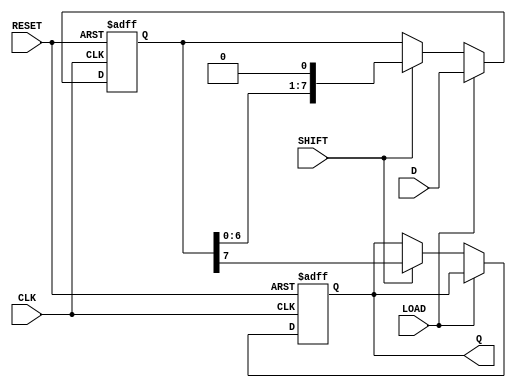
module dynamic_piso_register #(
    parameter WIDTH = 8  // Parameter to set the width of the register
)(
    input  wire [WIDTH-1:0] D,   // Parallel data input
    input  wire LOAD,              // Load signal
    input  wire SHIFT,             // Shift signal
    input  wire CLK,               // Clock signal
    input  wire RESET,             // Reset signal
    output reg  Q                 // Serial output
);

    reg [WIDTH-1:0] shift_reg;    // Shift register to hold the data

    always @(posedge CLK or posedge RESET) begin
        if (RESET) begin
            shift_reg <= 0;         // Clear register on reset
            Q <= 0;                 // Reset output
        end else if (LOAD) begin
            shift_reg <= D;         // Load parallel data into the shift register
        end else if (SHIFT) begin
            Q <= shift_reg[WIDTH-1]; // Output the MSB
            shift_reg <= {shift_reg[WIDTH-2:0], 1'b0}; // Shift left
        end
    end

endmodule